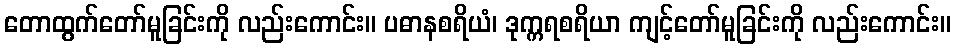
တောထွက်တော်မူခြင်းကို လည်းကောင်း။ ပဓာနစရိယံ၊ ဒုက္ကရစရိယာ ကျင့်တော်မူခြင်းကို လည်းကောင်း။